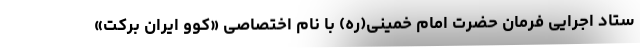
ستاد اجرایی فرمان حضرت امام خمینی(ره) با نام اختصاصی «کُوو ایران برکت»